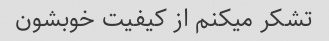
تشکر میکنم از کیفیت خوبشون